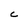
Character: C